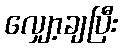
လျှော့ချပြီး